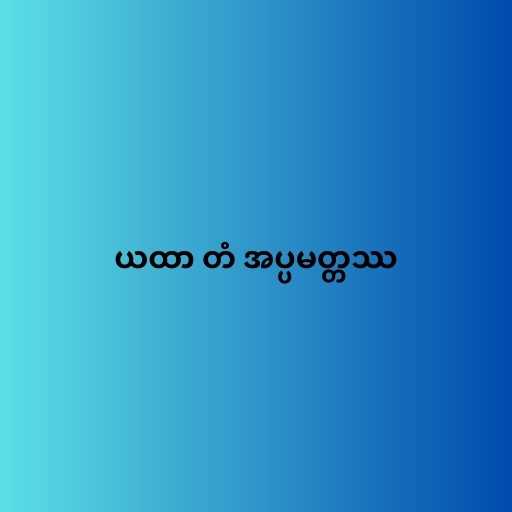
ယထာ တံ အပ္ပမတ္တဿ